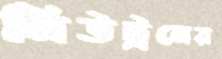
নিউট্রনের